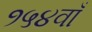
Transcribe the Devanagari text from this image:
१५४वाँ